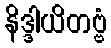
နိဒ္ဒါယိတဗ္ဗံ